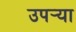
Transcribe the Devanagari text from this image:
उपर्‍या